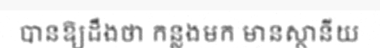
បានឱ្យដឹងថា កន្លងមក មានស្ថានីយ